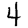
Digit: 4